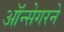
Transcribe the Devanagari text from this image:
ऑन्सेगरने